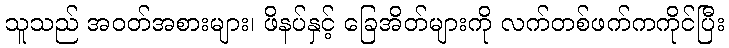
သူသည် အဝတ်အစားများ၊ ဖိနပ်နှင့် ခြေအိတ်များကို လက်တစ်ဖက်ကကိုင်ပြီး